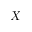
X